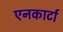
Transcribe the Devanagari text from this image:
एनकार्टा